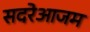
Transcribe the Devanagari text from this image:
सदरेआजम